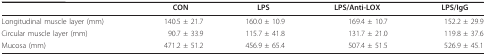
<table><thead><tr><td></td><td><b>CON</b></td><td><b>LPS</b></td><td><b>LPS/Anti-LOX</b></td><td><b>LPS/IgG</b></td></tr></thead><tbody><tr><td>Longitudinal muscle layer (mm)</td><td>140.5 ± 21.7</td><td>160.0 ± 10.9</td><td>169.4 ± 10.7</td><td>152.2 ± 29.9</td></tr><tr><td>Circular muscle layer (mm)</td><td>90.7 ± 33.9</td><td>115.7 ± 41.8</td><td>131.7 ± 21.0</td><td>119.8 ± 37.6</td></tr><tr><td>Mucosa (mm)</td><td>471.2 ± 51.2</td><td>456.9 ± 65.4</td><td>507.4 ± 51.5</td><td>526.9 ± 45.1</td></tr></tbody></table>